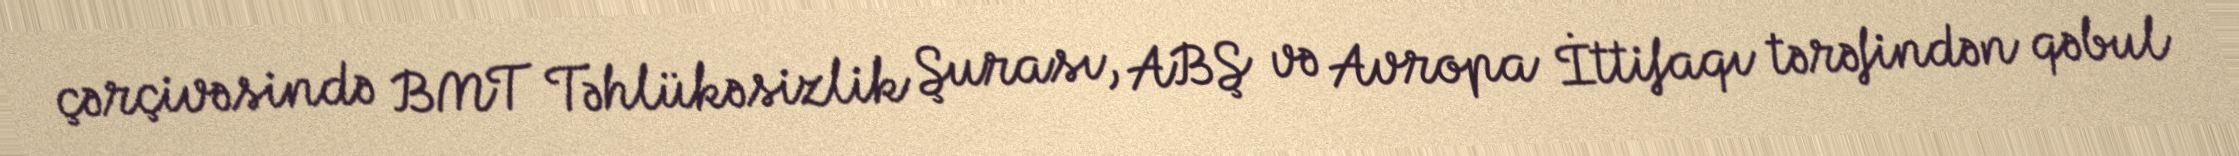
çərçivəsində BMT Təhlükəsizlik Şurası, ABŞ və Avropa İttifaqı tərəfindən qəbul